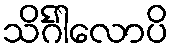
သိင်္ဂါလောပိ